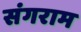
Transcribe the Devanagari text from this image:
संगराम